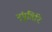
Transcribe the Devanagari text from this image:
न्ंपूतिरि